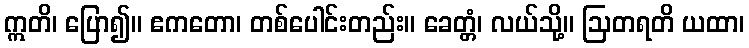
ဣတိ၊ ပြော၍။ ဧကတော၊ တစ်ပေါင်းတည်း။ ခေတ္တံ၊ လယ်သို့။ ဩတရတိ ယထာ၊